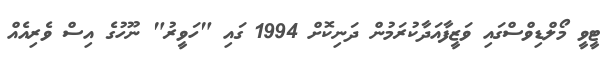
ޓީވީ މޯލްޑިވްސްގައި ވަޒީފާއަދާކުރަމުން ދަނިކޮށް 1994 ގައި "ހަވީރު" ނޫހުގެ އިސް ވެރިއެއް